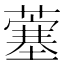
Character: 𫉲